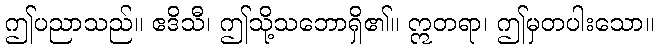
ဤပညာသည်။ ဧဒိသီ၊ ဤသို့သဘောရှိ၏။ ဣတရာ၊ ဤမှတပါးသော။